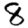
Digit: 8